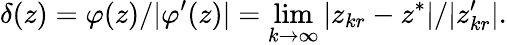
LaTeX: \delta(z)=\varphi(z)/|\varphi^{\prime}(z)|=\operatorname*{lim}_{k\to\infty}|z_{kr}-z^{*}|/|z_{kr}^{\prime}|.